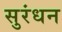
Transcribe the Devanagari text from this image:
सुरंधन